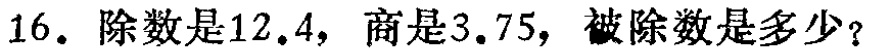
16. 除数是12.4，商是3.75，被除数是多少？